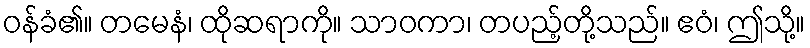
ဝန်ခံ၏။ တမေနံ၊ ထိုဆရာကို။ သာဝကာ၊ တပည့်တို့သည်။ ဧဝံ၊ ဤသို့။